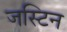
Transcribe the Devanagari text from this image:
जस्‍टिन